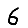
Digit: 6